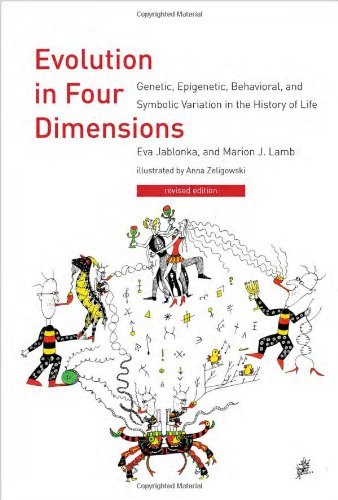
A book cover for Evolution in Four Dimensions: Genetic, Epigenetic, Behavioral, and Symbolic Variation in the History of                 Life (Life and Mind: Philosophical Issues in Biology and Psychology); Eva Jablonka; Science & Math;